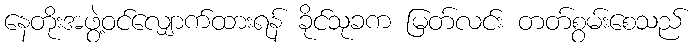
နေတိုးအဖွဲ့ဝင်လျှောက်ထားရန် ခိုင်သုခက မြတ်လင်း တတ်စွမ်းစေသည်